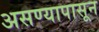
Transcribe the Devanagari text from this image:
असण्यापासून